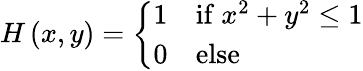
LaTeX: H\left(x,y\right)={\left\{ \begin{array}{ll}{1}&{{\mathrm{if~}}x^{2}+y^{2}\leq 1}\\ {0}&{{\mathrm{else}}}\end{array}\right.}